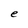
Character: e